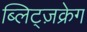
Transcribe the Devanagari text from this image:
ब्लिट्ज़क्रेग